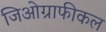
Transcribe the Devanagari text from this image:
जिओग्राफीकल